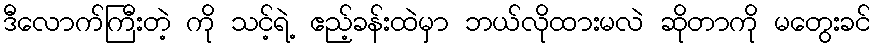
ဒီလောက်ကြီးတဲ့ ကို သင့်ရဲ့ ဧည့်ခန်းထဲမှာ ဘယ်လိုထားမလဲ ဆိုတာကို မတွေးခင်